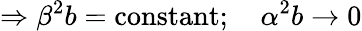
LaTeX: \Rightarrow\beta^{2}b=\mathrm{constant};\quad\alpha^{2}b\to 0